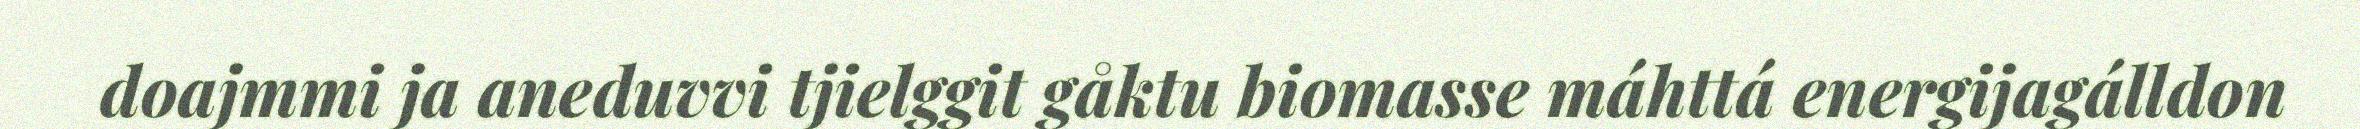
doajmmi ja aneduvvi tjielggit gåktu biomasse máhttá energijagálldon